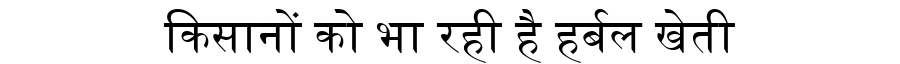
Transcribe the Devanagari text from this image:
किसानों को भा रही है हर्बल खेती